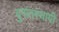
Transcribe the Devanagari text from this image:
युगांतस्थायी